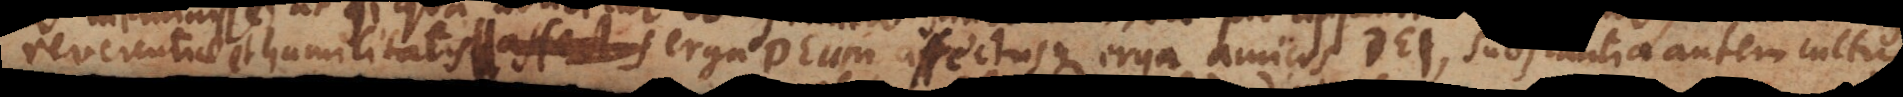
reverentiae et humilitatis erga Deum, affectusque erga amicos Dei, substantia autem cultus